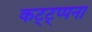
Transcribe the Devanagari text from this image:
कट्ट्प्पना